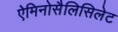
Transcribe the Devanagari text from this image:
ऐमिनोसैलिसिलेट